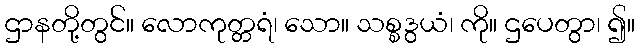
ဌာနတို့တွင်။ လောကုတ္တရံ၊ သော။ သစ္စဒွယံ၊ ကို။ ဌပေတွာ၊ ၍။